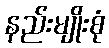
နည်းမျိုးစုံ